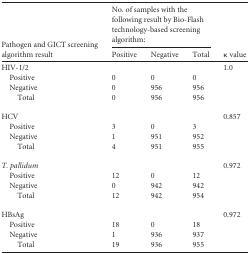
<table><thead><tr><td rowspan="2"><b>Pathogen and GICT screening algorithm result</b></td><td colspan="3"><b>No. of samples with the following result by Bio-Flash technology-based screening algorithm:</b></td><td rowspan="2"><b>κ value</b></td></tr><tr><td><b>Positive</b></td><td><b>Negative</b></td><td><b>Total</b></td></tr></thead><tbody><tr><td>HIV-1/2</td><td></td><td></td><td></td><td>1.0</td></tr><tr><td>Positive</td><td>0</td><td>0</td><td>0</td><td></td></tr><tr><td>Negative</td><td>0</td><td>956</td><td>956</td><td></td></tr><tr><td>Total</td><td>0</td><td>956</td><td>956</td><td></td></tr><tr><td>HCV</td><td></td><td></td><td></td><td>0.857</td></tr><tr><td>Positive</td><td>3</td><td>0</td><td>3</td><td></td></tr><tr><td>Negative</td><td>1</td><td>951</td><td>952</td><td></td></tr><tr><td>Total</td><td>4</td><td>951</td><td>955</td><td></td></tr><tr><td>T. pallidum</td><td></td><td></td><td></td><td>0.972</td></tr><tr><td>Positive</td><td>12</td><td>0</td><td>12</td><td></td></tr><tr><td>Negative</td><td>0</td><td>942</td><td>942</td><td></td></tr><tr><td>Total</td><td>12</td><td>942</td><td>954</td><td></td></tr><tr><td>HBsAg</td><td></td><td></td><td></td><td>0.972</td></tr><tr><td>Positive</td><td>18</td><td>0</td><td>18</td><td></td></tr><tr><td>Negative</td><td>1</td><td>936</td><td>937</td><td></td></tr><tr><td>Total</td><td>19</td><td>936</td><td>955</td><td></td></tr></tbody></table>